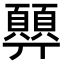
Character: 顨